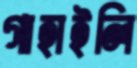
গাহাইলি